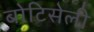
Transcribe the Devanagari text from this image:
बोटिसेली